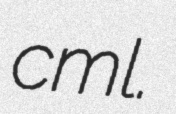
cml.